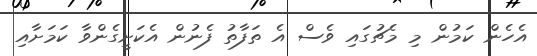
އެހެން ކަމުން މި މެޗުގައި ވެސް އެ ތަފާތު ފެނުން އެކަށީގެންވާ ކަމަށާއި